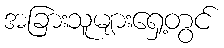
အခြားသူများရှေ့တွင်